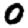
Digit: 0